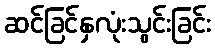
ဆင်ခြင်နှလုံးသွင်းခြင်း